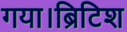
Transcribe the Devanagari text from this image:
गया।ब्रिटिश